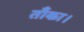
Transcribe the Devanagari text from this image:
ताँका।